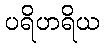
ပရိဟရိယ